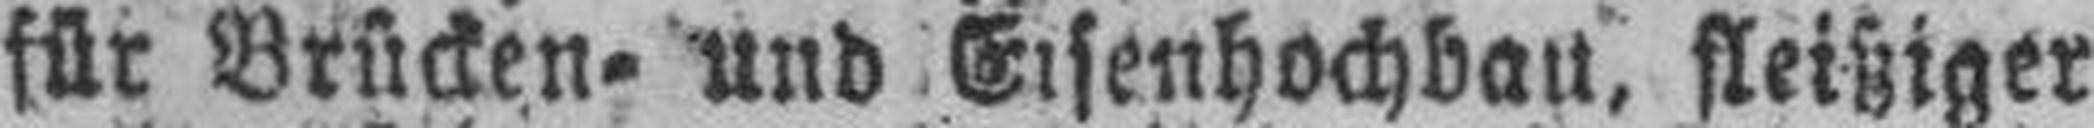
für Brücken= und Eisenhochbau, fleißiger